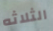
الثلاثه